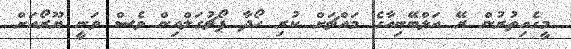
މީގެއިތުރުން ރޭ އަލްބޭނިއާގެ މައްޗަށް ކުރި ހޯދާ ޕޯޗުގަލްއިން ވެސް ވަނީ ޔޫރޯއަށް